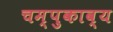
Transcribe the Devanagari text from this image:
चम्पुकाव्य